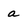
Character: a